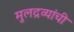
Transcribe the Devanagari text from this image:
मुलद्रव्यांची